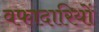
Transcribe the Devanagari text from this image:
वफादारियों